65_HS1-834228961_62-HQ-83894_Section_6
Agency: FBI
Page 227
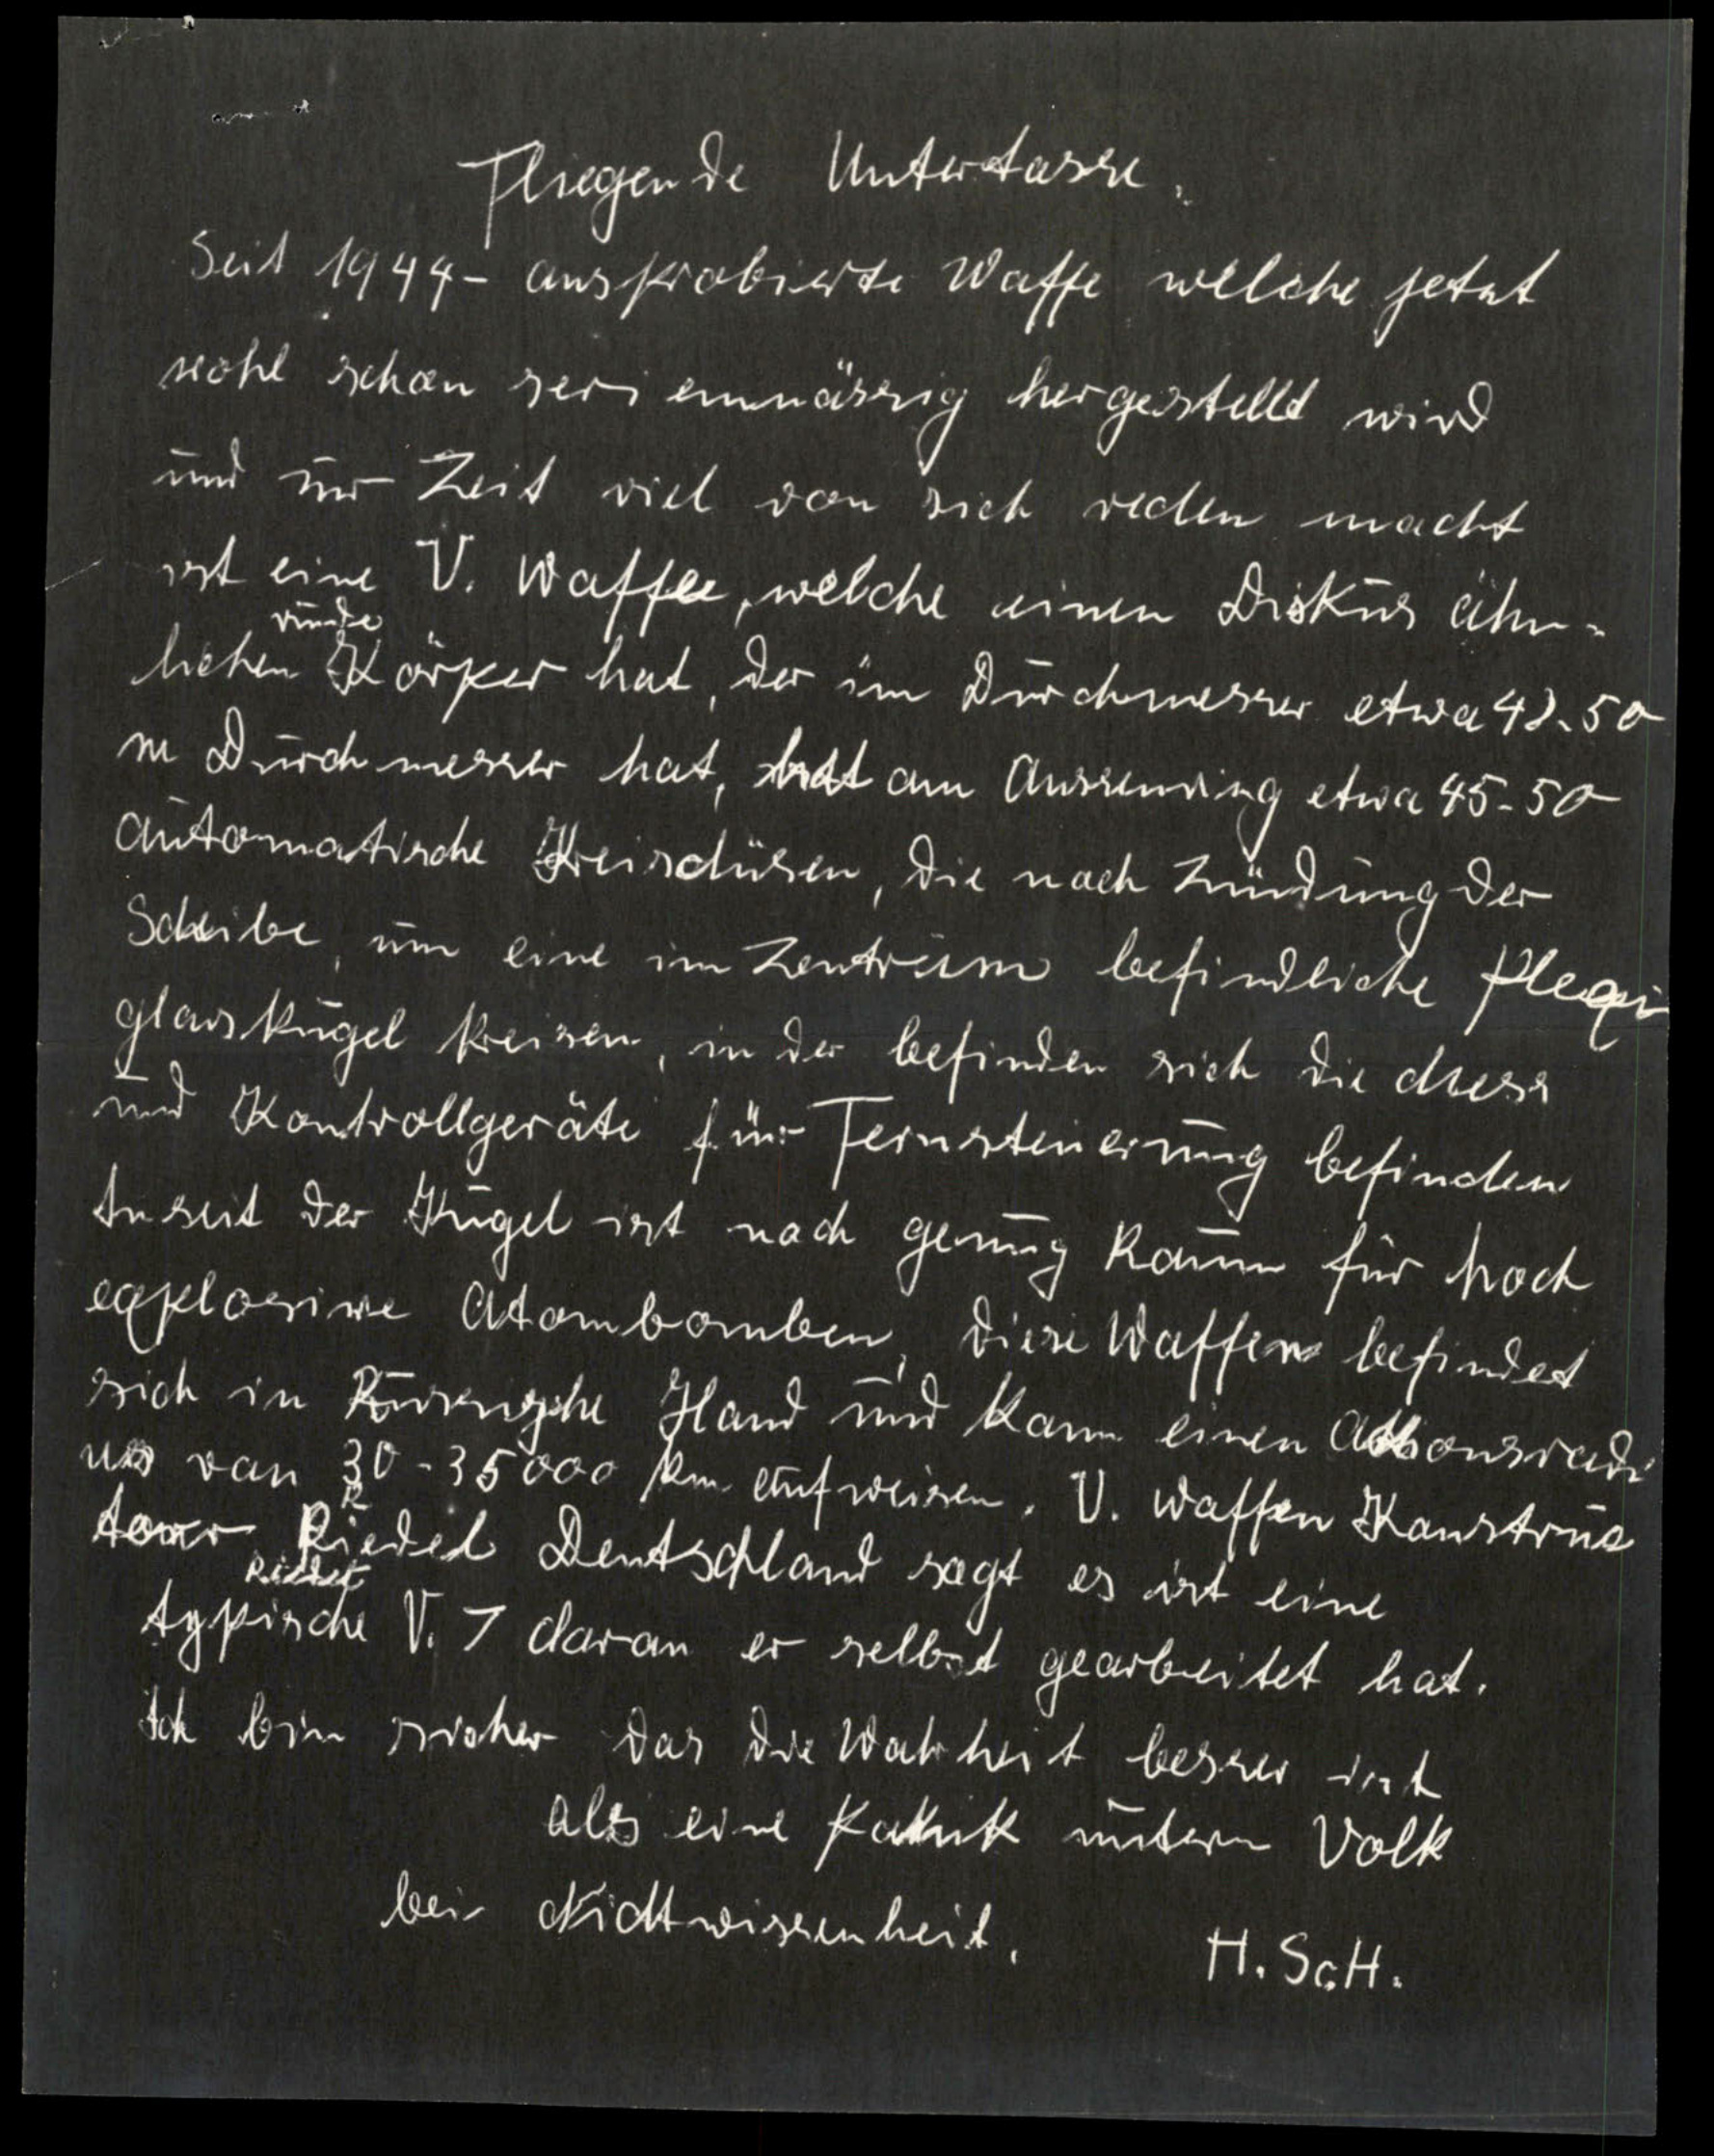